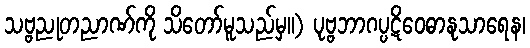
သဗ္ဗညုတညာဏ်ကို သိတော်မူသည်မှ။) ပုဗ္ဗဘာဂပ္ပဋိဝေဓာနုသာရေန၊